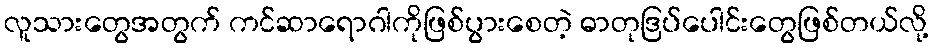
လူသားတွေအတွက် ကင်ဆာရောဂါကိုဖြစ်ပွားစေတဲ့ ဓာတုဒြပ်ပေါင်းတွေဖြစ်တယ်လို့